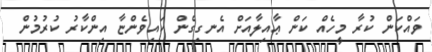
ވައްކަން ކުރާ މީހެއް ކަން ޢާއިލާއަށް އެނގިގެން ކައިވެންޏާ އިންކާރު ކުރުމުން